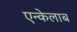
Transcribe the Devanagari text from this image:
एन्केलाब